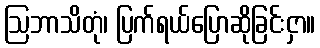
ဩဘာသိတုံ၊ ပြက်ရယ်ပြောဆိုခြင်းငှာ။